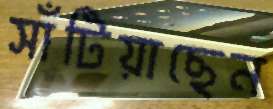
সাঁটিয়াছেন